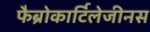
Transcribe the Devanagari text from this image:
फैब्रोकार्टिलेजीनस